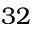
3 2